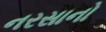
નરસાનો